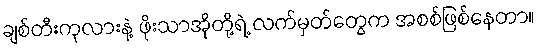
ချစ်တီးကုလားနဲ့ ဖိုးသာအိုတို့ရဲ့ လက်မှတ်တွေက အစစ်ဖြစ်နေတာ။